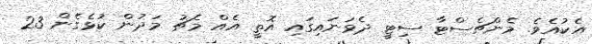
އެކުއެވެ. މެންޗެސްޓާ ސިޓީ ދެވަނައިގައި އޮތީ އެއް މެޗު މަދުން ކުޅެގެން 23